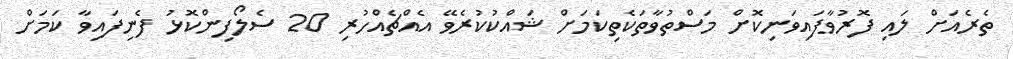
ތެރެއަށް ލައި ފޮރުވާފައިވަނިކޮށް މަސްތުވާތަކެތިކަމަށް ޝައްކުކުރެވޭ އެއްޗެއްހުރި 20 ސެލޯފިންކޮޅު ފެނިފައިވާ ކަމަށް